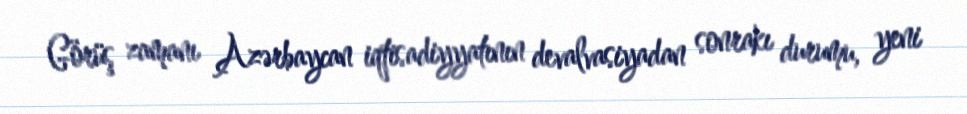
Görüş zamanı Azərbaycan iqtisadiyyatının devalvasiyadan sonrakı durumu, yeni